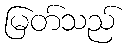
မြတ်သည်